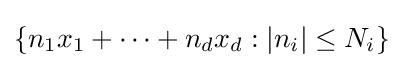
\{n_{1}x_{1}+\cdots +n_{d}x_{d}:|n_{i}|\leq N_{i}\}